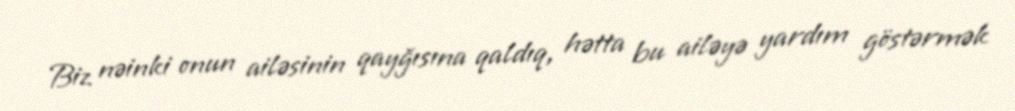
Biz nəinki onun ailəsinin qayğısına qaldıq, hətta bu ailəyə yardım göstərmək